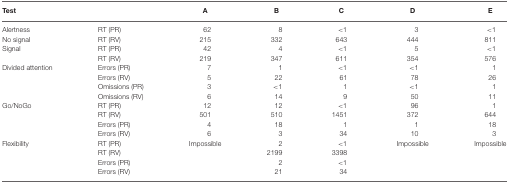
<table><thead><tr><td><b>Test</b></td><td></td><td><b>A</b></td><td><b>B</b></td><td><b>C</b></td><td><b>D</b></td><td><b>E</b></td></tr></thead><tbody><tr><td>Alertness</td><td>RT (PR)</td><td>62</td><td>8</td><td>&lt;1</td><td>3</td><td>&lt;1</td></tr><tr><td>No signal</td><td>RT (RV)</td><td>215</td><td>332</td><td>643</td><td>444</td><td>811</td></tr><tr><td>Signal</td><td>RT (PR)</td><td>42</td><td>4</td><td>&lt;1</td><td>5</td><td>&lt;1</td></tr><tr><td></td><td>RT (RV)</td><td>219</td><td>347</td><td>611</td><td>354</td><td>576</td></tr><tr><td>Divided attention</td><td>Errors (PR)</td><td>7</td><td>1</td><td>&lt;1</td><td>&lt;1</td><td>1</td></tr><tr><td></td><td>Errors (RV)</td><td>5</td><td>22</td><td>61</td><td>78</td><td>26</td></tr><tr><td></td><td>Omissions (PR)</td><td>3</td><td>&lt;1</td><td>1</td><td>&lt;1</td><td>1</td></tr><tr><td></td><td>Omissions (RV)</td><td>6</td><td>14</td><td>9</td><td>50</td><td>11</td></tr><tr><td>Go/NoGo</td><td>RT (PR)</td><td>12</td><td>12</td><td>&lt;1</td><td>96</td><td>1</td></tr><tr><td></td><td>RT (RV)</td><td>501</td><td>510</td><td>1451</td><td>372</td><td>644</td></tr><tr><td></td><td>Errors (PR)</td><td>4</td><td>18</td><td>1</td><td>1</td><td>18</td></tr><tr><td></td><td>Errors (RV)</td><td>6</td><td>3</td><td>34</td><td>10</td><td>3</td></tr><tr><td>Flexibility</td><td>RT (PR)</td><td>Impossible</td><td>2</td><td>&lt;1</td><td>Impossible</td><td>Impossible</td></tr><tr><td></td><td>RT (RV)</td><td></td><td>2199</td><td>3398</td><td></td><td></td></tr><tr><td></td><td>Errors (PR)</td><td></td><td>2</td><td>&lt;1</td><td></td><td></td></tr><tr><td></td><td>Errors (RV)</td><td></td><td>21</td><td>34</td><td></td><td></td></tr></tbody></table>